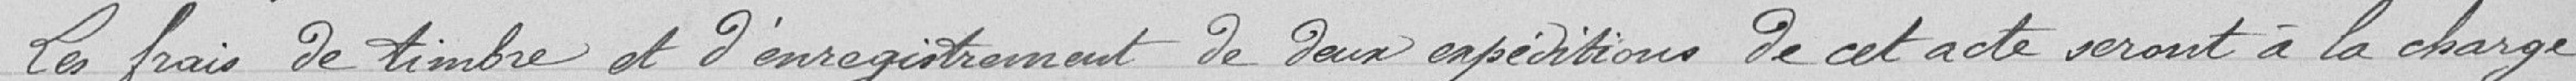
Les frais de timbre et d'enregistrement de deux expéditions de cet acte seront à la charge